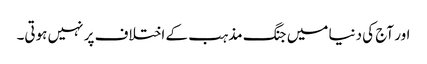
اور آج کی دنیا میں جنگ مذہب کے اختلاف پر نہیں ہوتی۔